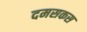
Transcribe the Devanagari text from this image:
दमसकस